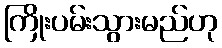
ကြိုးပမ်းသွားမည်ဟု